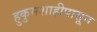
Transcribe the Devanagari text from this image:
हुकुमशाहीपासून